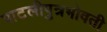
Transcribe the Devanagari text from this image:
पाटलीपुत्रभोवती